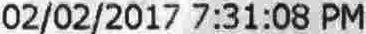
02/02/2017 7:31:08 PM